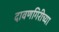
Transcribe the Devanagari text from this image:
दावणगिरीच्या